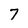
Character: 7